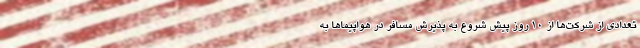
تعدادی از شرکت‌ها از ۱۰ روز پیش شروع به پذیرش مسافر در هواپیماها به